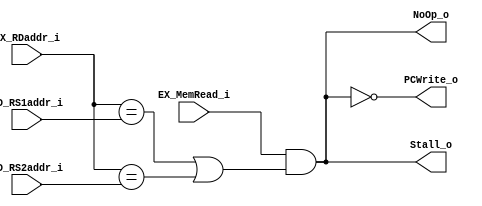
module Hazard_Detection
(
    ID_RS1addr_i,
    ID_RS2addr_i,
    EX_MemRead_i,
    EX_RDaddr_i,
    PCWrite_o,
    Stall_o,
    NoOp_o
);

input   [4:0]       ID_RS1addr_i;
input   [4:0]       ID_RS2addr_i;
input               EX_MemRead_i;
input   [4:0]       EX_RDaddr_i;
output              PCWrite_o;
output              Stall_o;
output              NoOp_o;

assign Stall_o = (EX_MemRead_i &&
    ((EX_RDaddr_i == ID_RS1addr_i) ||
    (EX_RDaddr_i == ID_RS2addr_i)));
assign PCWrite_o = ~Stall_o;
assign NoOp_o = Stall_o;

endmodule